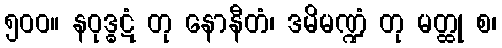
၅၀၀။ နဝုဒ္ဓဋံ တု နောနီတံ၊ ဒမိမဏ္ဍံ တု မတ္ထု စ၊